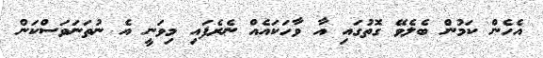
އެހެން ކަމުން ބެލެވޭ ގޮތުގައި އާ ވާހަކައެއް ނެރެފައި މިވަނީ އެ ނުތަނަވަސްކަން